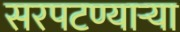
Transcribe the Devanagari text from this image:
सरपटण्याऱ्या